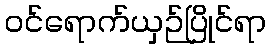
ဝင်ရောက်ယှဉ်ပြိုင်ရာ